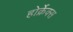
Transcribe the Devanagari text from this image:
होर्क्रेक्स